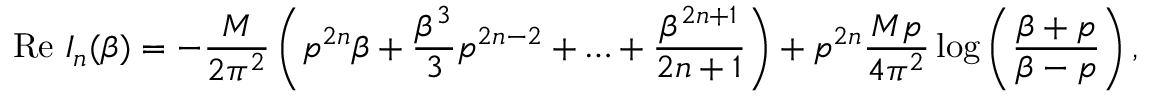
\mathrm { R e } \, \, I _ { n } ( \beta ) = - \frac { M } { 2 { \pi ^ { 2 } } } \left( p ^ { 2 n } \beta + \frac { \beta ^ { 3 } } { 3 } p ^ { 2 n - 2 } + \ldots + \frac { \beta ^ { 2 n + 1 } } { 2 n + 1 } \right) + { p ^ { 2 n } } \frac { M p } { 4 { \pi ^ { 2 } } } \log \left( \frac { \beta + p } { \beta - p } \right) ,